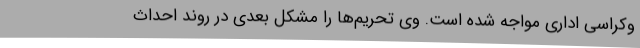
وکراسی اداری مواجه شده است. وی تحریم‌ها را مشکل بعدی در روند احداث